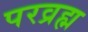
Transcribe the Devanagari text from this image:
परव्रह्म